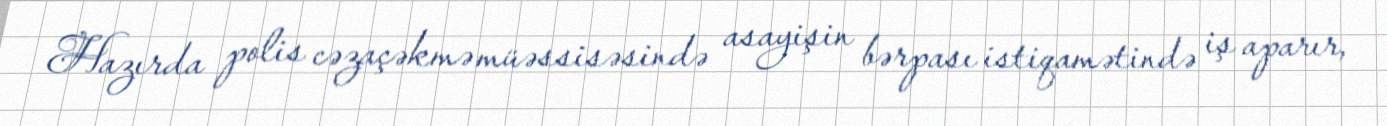
Hazırda polis cəzaçəkmə müəssisəsində asayişin bərpası istiqamətində iş aparır,